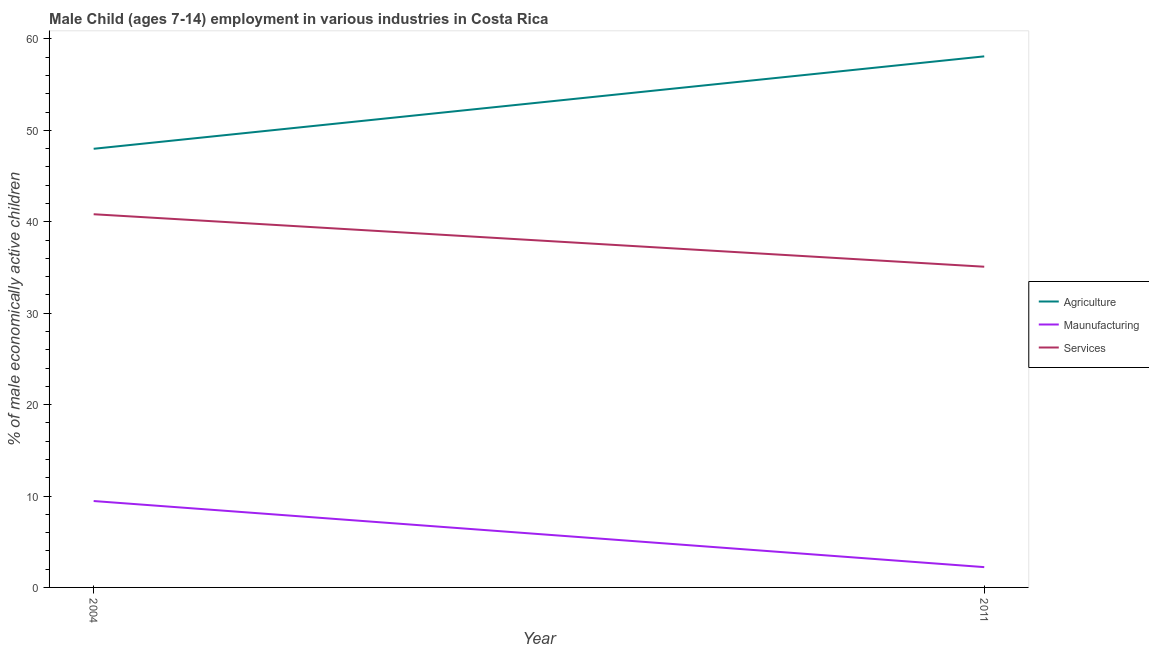
| Year | Agriculture | Maunufacturing | Services |
 | --- | --- | --- | --- |
 | 2004 | 48 | 9.45 | 40.8 |
 | 2011 | 58.1 | 2.22 | 35.1 |